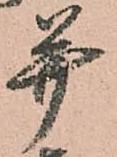
并